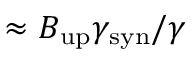
\approx B _ { \mathrm { u p } } \gamma _ { \mathrm { s y n } } / \gamma